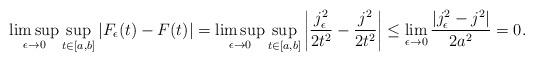
LaTeX: \begin{align*} \limsup_{\epsilon\to0}\sup_{t\in [a,b ]} |F_\epsilon (t )-F (t ) |&=\limsup_{\epsilon\to0}\sup_{t\in [a,b ]} \bigg|\frac{j_\epsilon^2}{2t^2}-\frac{j^2}{2t^2} \bigg|\leq\lim_{\epsilon\to0} \frac{ |j_\epsilon^2-j^2 |}{2a^2}=0 . \end{align*}